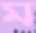
ম